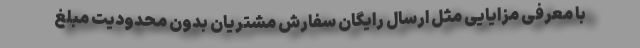
با معرفی مزایایی مثل ارسال رایگان سفارش مشتریان بدون محدودیت مبلغ